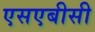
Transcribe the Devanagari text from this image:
एसएबीसी